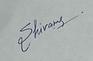
Signature authenticity: genuine